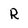
Character: R